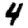
Digit: 4